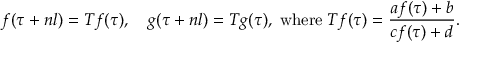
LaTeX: f ( \tau + n l ) = T f ( \tau ) , \quad g ( \tau + n l ) = T g ( \tau ) , \; \mathrm { w h e r e } \; T f ( \tau ) = \frac { a f ( \tau ) + b } { c f ( \tau ) + d } .